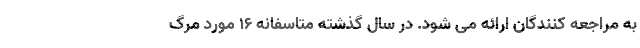
به مراجعه کنندگان ارائه می شود. در سال گذشته متاسفانه ۱۶ مورد مرگ